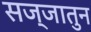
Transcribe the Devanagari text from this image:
सज्जातुन